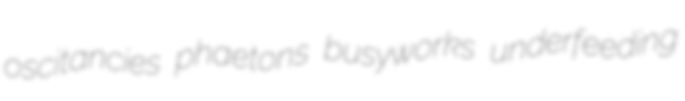
oscitancies phaetons busyworks underfeeding